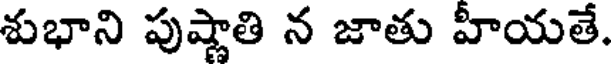
శుభాని పుష్ణాతి న జాతు హీయతే.